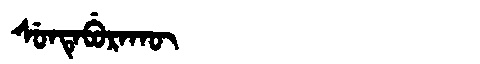
Manchu: ᠰᡠᠨᡨᡝᠪᡠᡵᠠᡴᡡ
Romanization: SUNTEBURAKŪ